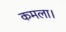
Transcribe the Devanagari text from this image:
कमला।